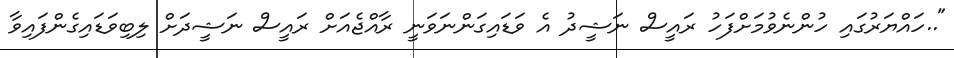
"..ހައްޔަރުގައި ހުންނެވުމަށްފަހު ރައީސް ނަޝީދު އެ ވަޑައިގަންނަވަނީ ރާއްޖެއަށް ރައީސް ނަޝީދަށް ލިބިވަޑައިގެންފައިވާ